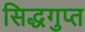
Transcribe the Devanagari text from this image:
सिद्धगुप्त